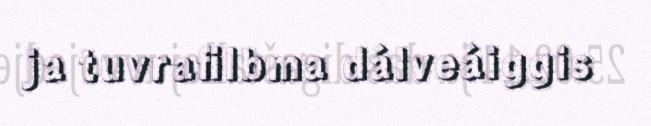
ja tuvrafilbma dálveáiggis